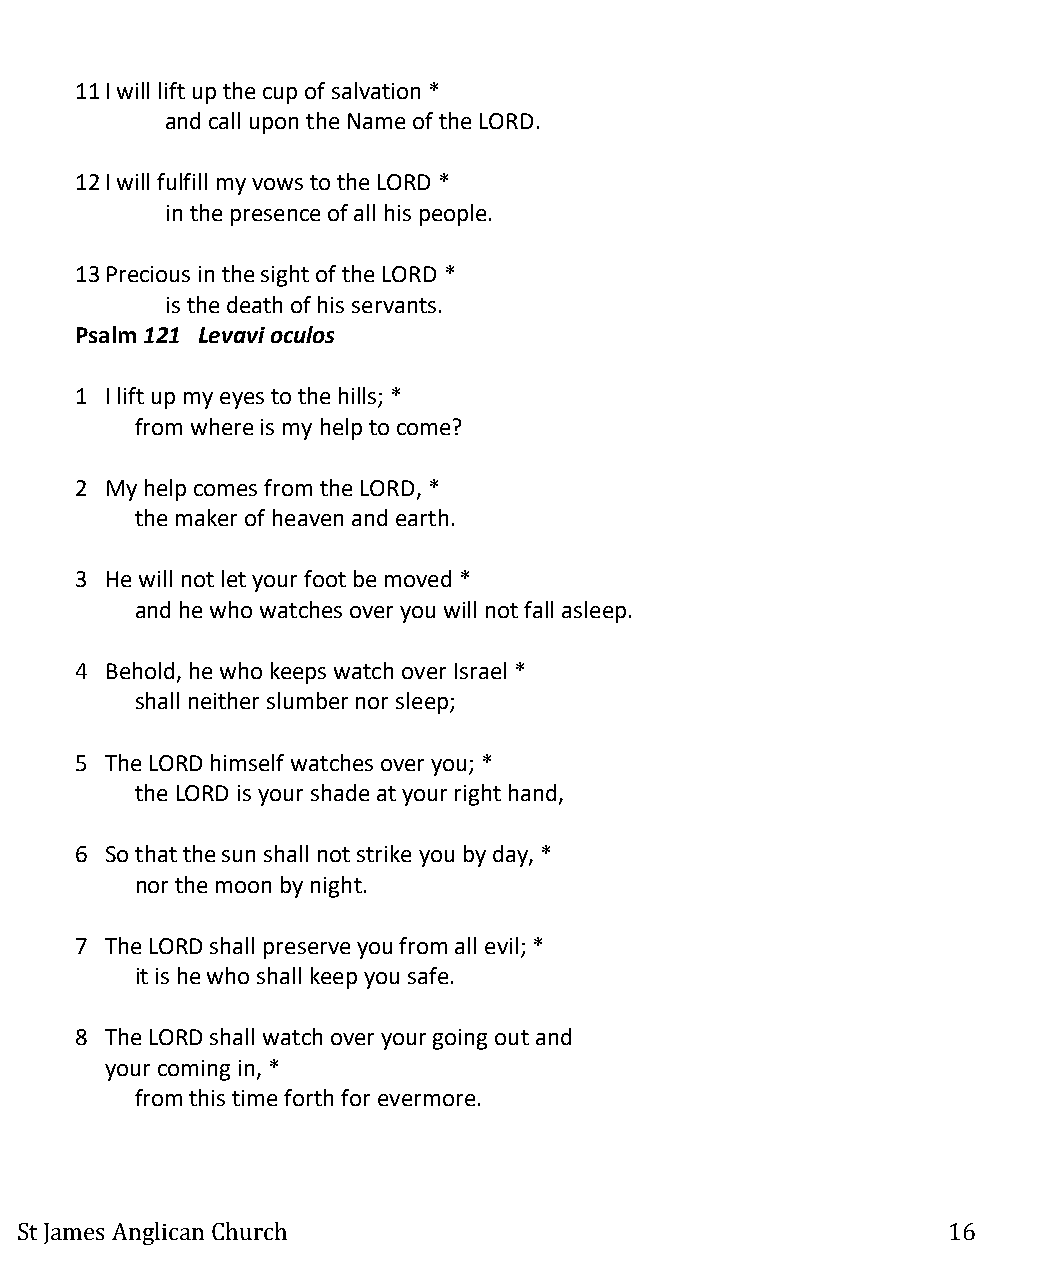
11 I will lift up the cup of salvation *
 and call upon the Name of the LORD.
 12 I will fulfill my vows to the LORD *
 in the presence of all his people.
 13 Precious in the sight of the LORD *
 is the death of his servants.
 Psalm 121 Levavi oculos
 1 I lift up my eyes to the hills; *
 from where is my help to come?
 2 My help comes from the LORD, *
 the maker of heaven and earth.
 3 He will not let your foot be moved *
 and he who watches over you will not fall asleep.
 4 Behold, he who keeps watch over Israel *
 shall neither slumber nor sleep;
 5 The LORD himself watches over you; *
 the LORD is your shade at your right hand,
 6 So that the sun shall not strike you by day, *
 nor the moon by night.
 7 The LORD shall preserve you from all evil; *
 it is he who shall keep you safe.
 8 The LORD shall watch over your going out and
 your coming in, *
 from this time forth for evermore.
 St James Anglican Church                                      16